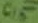
Text: C15